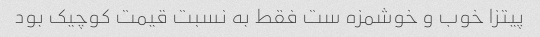
پیتزا خوب و خوشمزه ست فقط به نسبت قیمت کوچیک بود